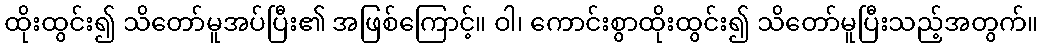
ထိုးထွင်း၍ သိတော်မူအပ်ပြီး၏ အဖြစ်ကြောင့်။ ဝါ၊ ကောင်းစွာထိုးထွင်း၍ သိတော်မူပြီးသည့်အတွက်။